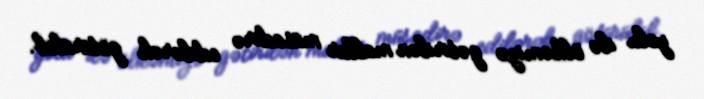
yolu ilə ölkəmizə gətirilən mallar müsadirə edilərək götürülüb.